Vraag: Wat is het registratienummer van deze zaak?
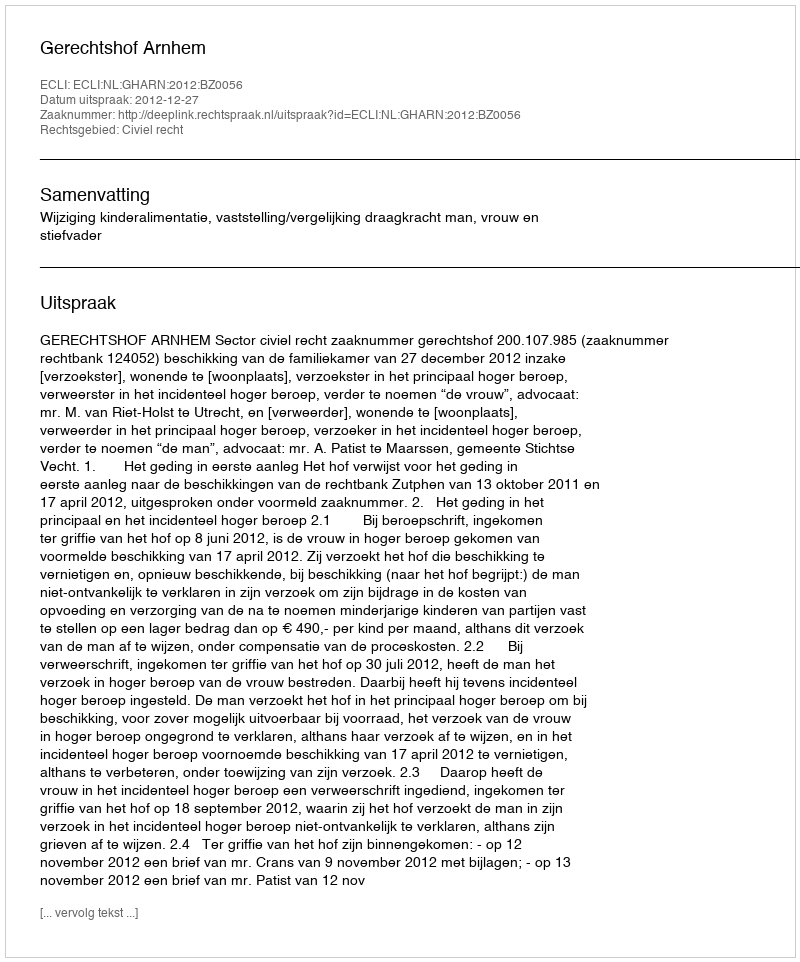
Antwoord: http://deeplink.rechtspraak.nl/uitspraak?id=ECLI:NL:GHARN:2012:BZ0056